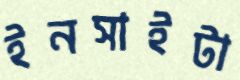
ইনসাইটা